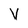
Character: V